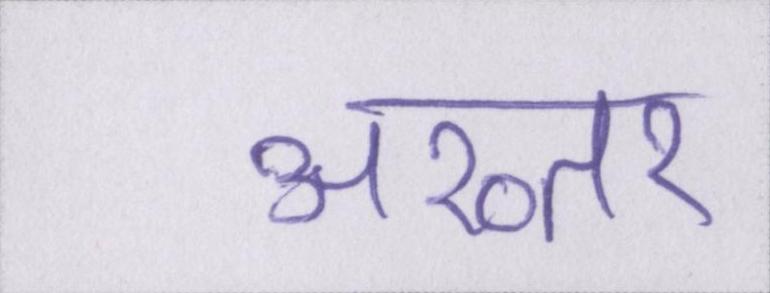
अख्तर